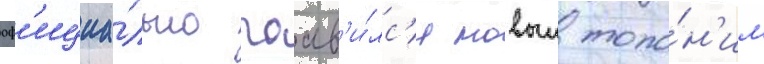
оф'ициа́льно поав'и́лс'я новыи топо́н'им